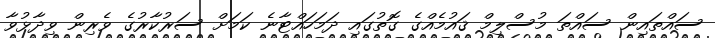
ސައްތައިން ސައްތަ މުސްލިމް ޤައުމެއްގެ ގޮތުގައި ދަމަހައްޓާނެ ކަމަށް ސަރުކާރުގެ ވެރިން ވިދާޅުވާ